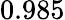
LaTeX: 0.985